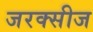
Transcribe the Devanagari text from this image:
जरक्सीज